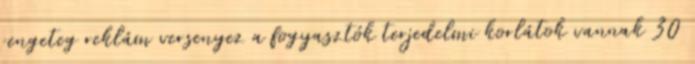
rengeteg reklám versenyez a fogyasztók terjedelmi korlátok vannak 30